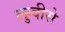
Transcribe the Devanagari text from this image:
लुग्दीसे